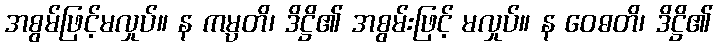
အစွမ်ဖြင့်မလှုပ်။ န ကမ္ပတိ၊ ဒိဋ္ဌိ၏ အစွမ်းဖြင့် မလှုပ်။ န ဝေဓတိ၊ ဒိဋ္ဌိ၏